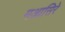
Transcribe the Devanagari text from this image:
मआसिरे